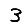
Digit: 3